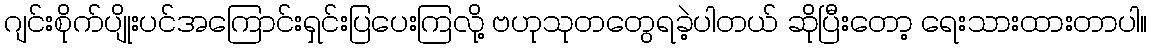
ဂျင်းစိုက်ပျိုးပင်အကြောင်းရှင်းပြပေးကြလို့ ဗဟုသုတတွေရခဲ့ပါတယ် ဆိုပြီးတော့ ရေးသားထားတာပါ။